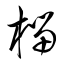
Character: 榴